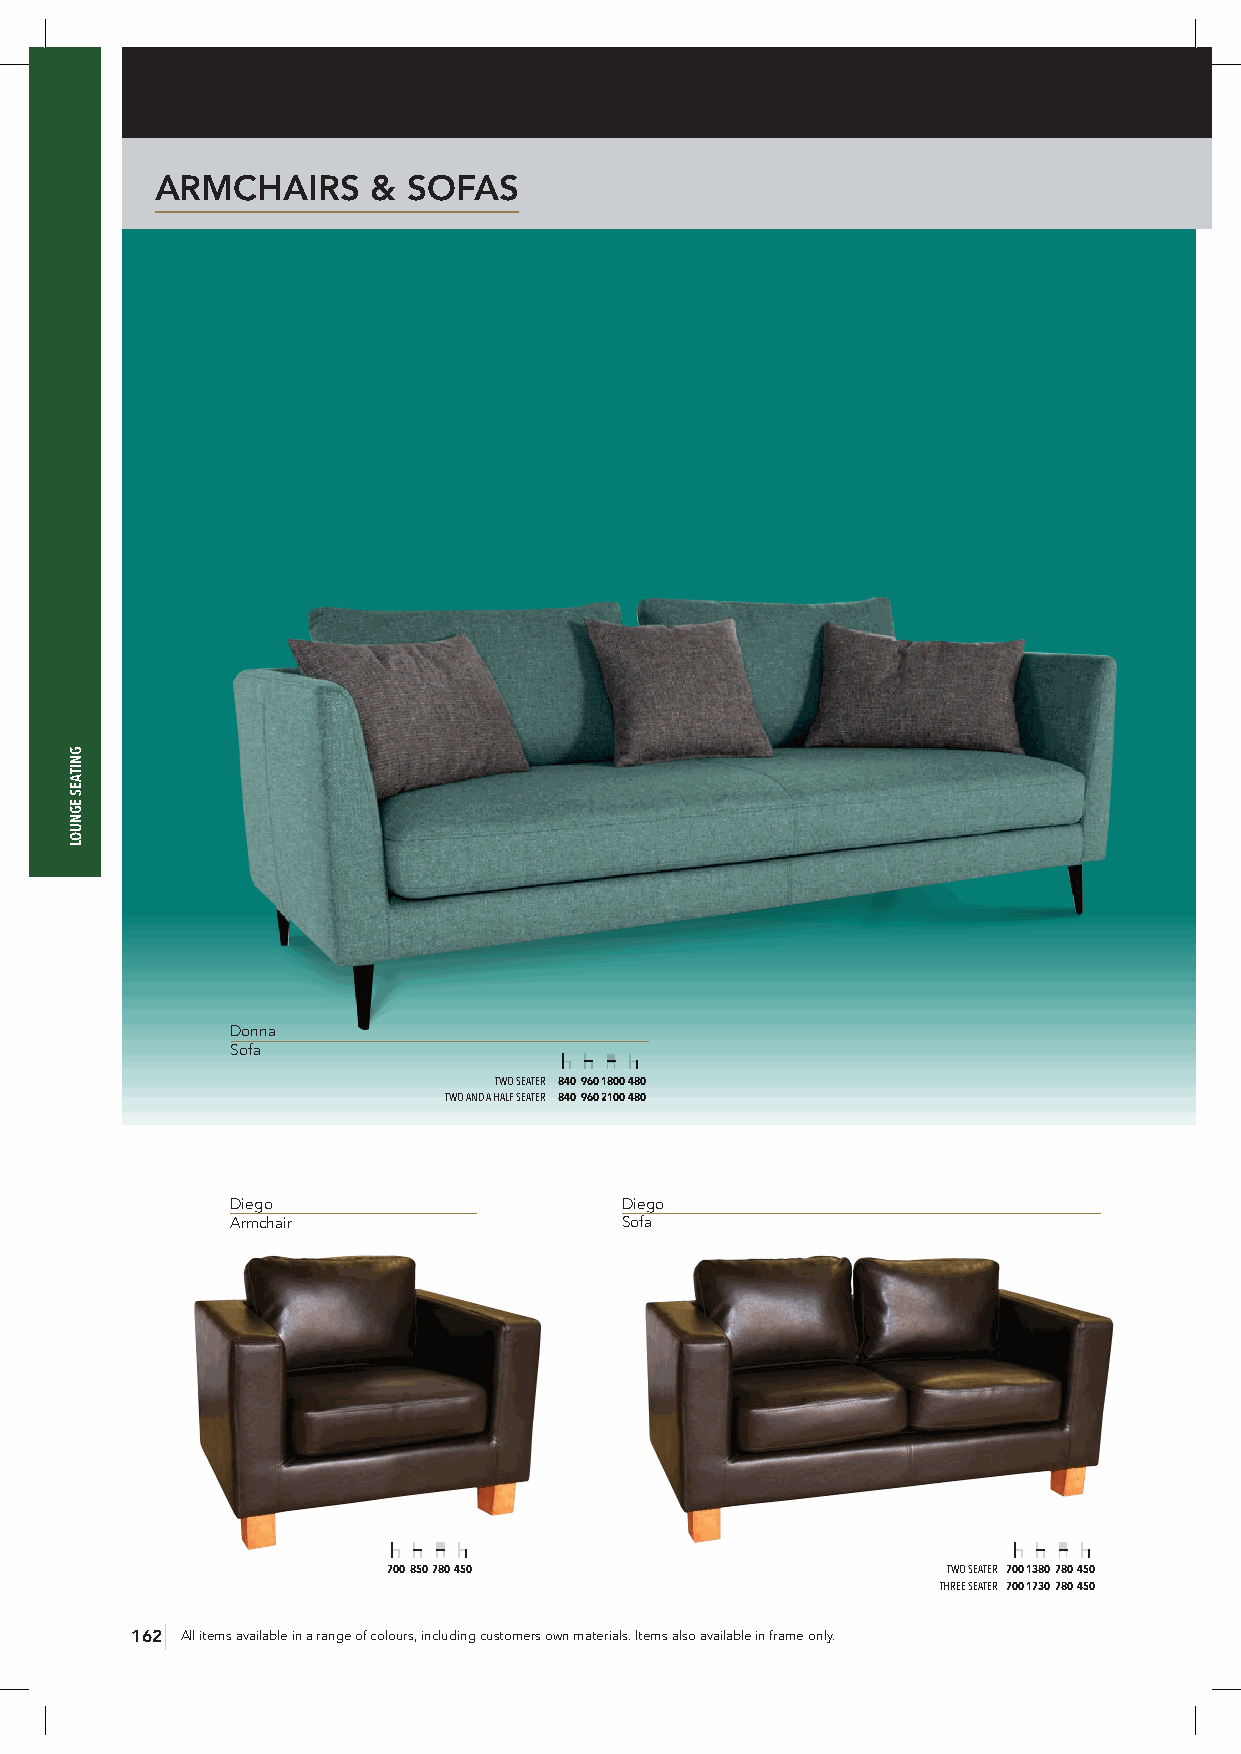
ARMCHAIRS      & SOFAS
 Donna
 Sofa
 TWO SEATER 840 960 1800 480
 TWO AND A HALF SEATER 840 960 2100 480
 Diego                     Diego
 Armchair                  Sofa
 700 850 780 450                      TWO SEATER 700 1380 780 450
 THREE SEATER 700 1730 780 450
 162 All items available in a range of colours, including customers own materials. Items also available in frame only.
 GNITAES
 EGNUOL